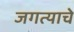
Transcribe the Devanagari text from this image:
जगत्याचे